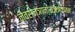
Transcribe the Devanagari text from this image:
नैवसंज्ञानासंज्ञायतन